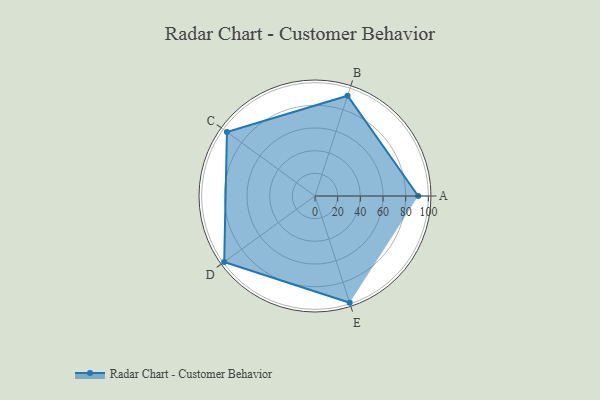
{"axis": {"x": "Skill", "y": "Score"}, "legend": ["Profile"], "data": [{"x": "A", "y": 91.0, "type": "Profile"}, {"x": "B", "y": 93.0, "type": "Profile"}, {"x": "C", "y": 96.0, "type": "Profile"}, {"x": "D", "y": 99, "type": "Profile"}, {"x": "E", "y": 99, "type": "Profile"}]}